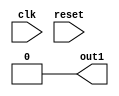
module initialize(
  input wire clk,
  input wire reset,
  output reg out1
);

initial begin
  out1 = 0; // Initialize out1 to 0 at the beginning of the simulation
end

endmodule